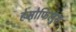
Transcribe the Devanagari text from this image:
हेमोफिलुस